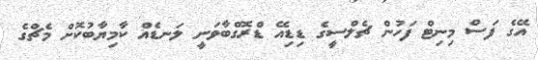
އޭގެ ފަސް މިނިޓް ފަހުން ޗެލްސީގެ ޑިޑިއޭ ޑްރޮގްބާވަނީ ލަނޑެއް ކާމިޔާބުކޮށް މެޗްގެ